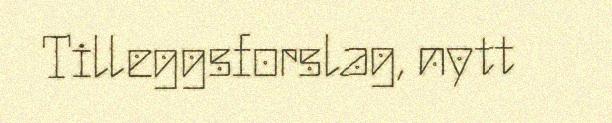
Tilleggsforslag, nytt